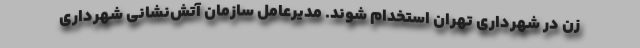
زن در شهرداری تهران استخدام شوند. مدیرعامل سازمان آتش‌نشانی شهرداری